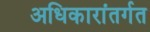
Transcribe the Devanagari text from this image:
अधिकारांतर्गत